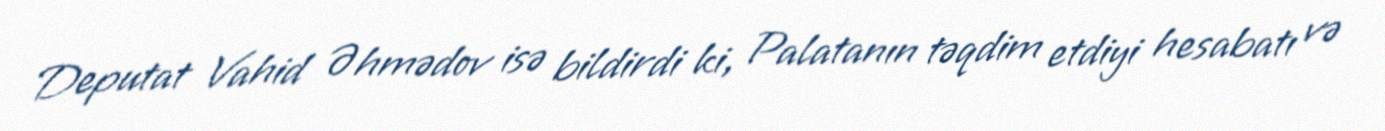
Deputat Vahid Əhmədov isə bildirdi ki, Palatanın təqdim etdiyi hesabatı və